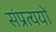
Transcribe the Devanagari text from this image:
संप्रत्ययों